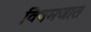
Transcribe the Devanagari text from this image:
विषमजात